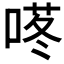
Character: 𱓜